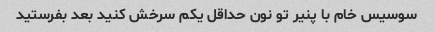
سوسیس خام با پنیر تو نون حداقل یکم سرخش کنید بعد بفرستید